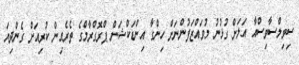
ސިވިލްސާވިސްއާ އަލަށް ގުޅުނު މުވައްޒަފުންނަށް ހިންގާ އިންޑަކްޝަން ޕްރޮގްރާމްގެ ތެރެއިން ކުރިއަށް ގެންދިޔަ